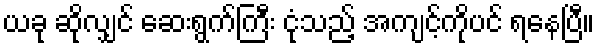
ယခု ဆိုလျှင် ဆေးရွက်ကြီး ငုံသည့် အကျင့်ကိုပင် ရနေပြီ။